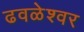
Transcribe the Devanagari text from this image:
ढवळेश्वर